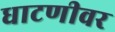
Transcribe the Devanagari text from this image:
धाटणीवर